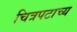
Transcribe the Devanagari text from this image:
चित्रपटाच्य